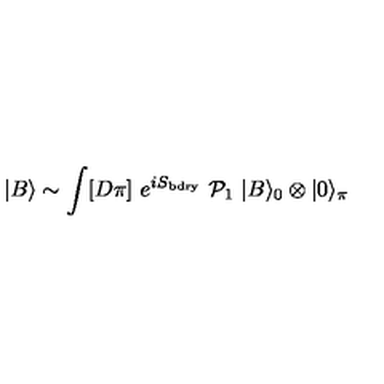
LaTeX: | B \rangle \sim \int [ D \pi ] \ e ^ { i S _ { \mathrm { b d r y } } } \ { \cal P } _ { 1 } \ | B \rangle _ { 0 } \otimes | 0 \rangle _ { \pi }